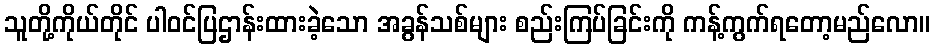
သူတို့ကိုယ်တိုင် ပါဝင်ပြဌာန်းထားခဲ့သော အခွန်သစ်များ စည်းကြပ်ခြင်းကို ကန့်ကွက်ရတော့မည်လော။